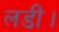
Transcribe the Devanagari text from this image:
लडीं।